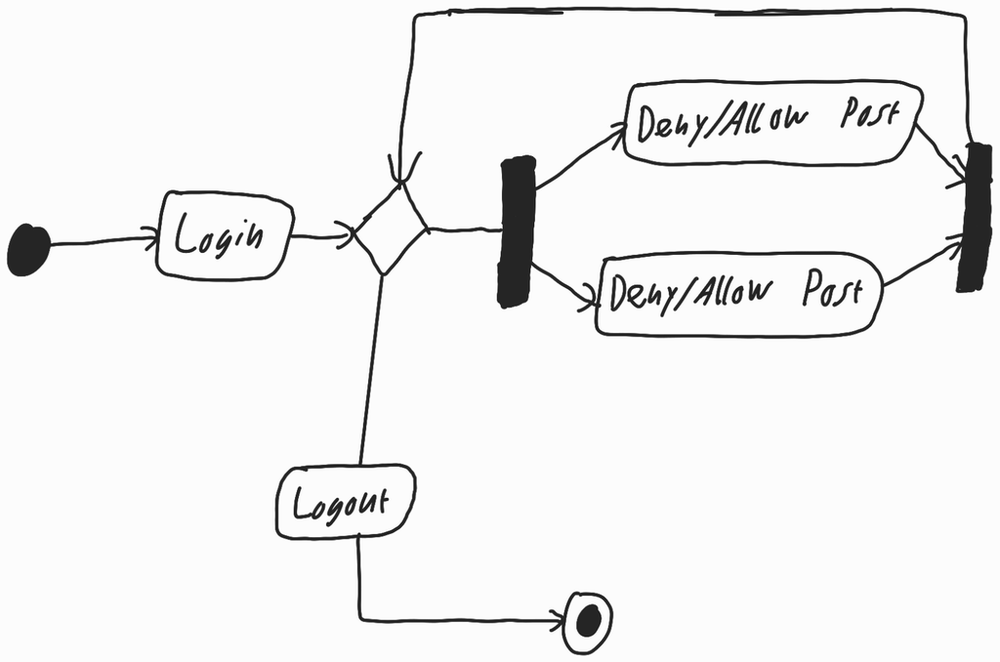
Diagram type: activity_diagram
```plantuml
@startuml

start

:Login;

repeat
  fork
    :Deny/Allow Post;
  fork again
    :Deny/Allow Post;
  end fork
repeat while

:Logout;

stop

@enduml
```